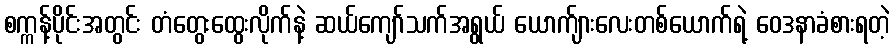
စက္ကန့်ပိုင်းအတွင်း တံတွေးထွေးလိုက်နဲ့ ဆယ်ကျော်သက်အရွယ် ယောက်ျားလေးတစ်ယောက်ရဲ့ ဝေဒနာခံစားရတဲ့